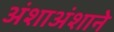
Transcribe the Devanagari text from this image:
अंशाअंशाने